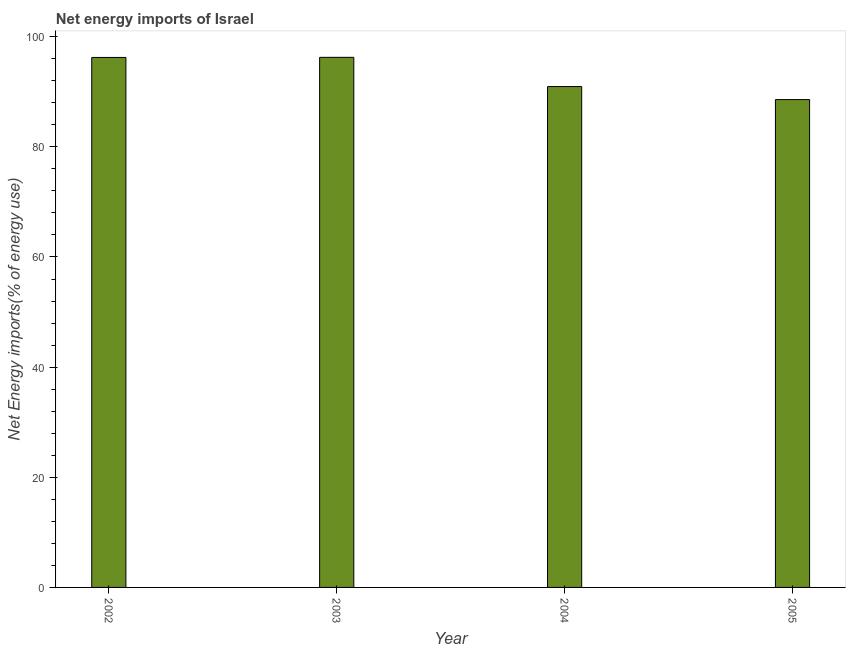
| Year | Energy imports |
 | --- | --- |
 | 2002 | 96.2 |
 | 2003 | 96.3 |
 | 2004 | 90.9 |
 | 2005 | 88.6 |